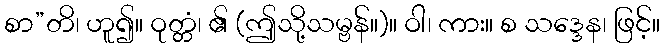
စာ”တိ၊ ဟူ၍။ ဝုတ္တံ၊ ၏ (ဤသို့သမ္ဗန်။)။ ဝါ၊ ကား။ စ သဒ္ဒေန၊ ဖြင့်။